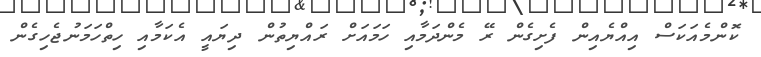
ކޮންމެއަކަސް އިއްޔެއިން ފެށިގެން ރޭ މެންދަމާއި ހަމައަށް ރައްޔިތުން ދިޔައީ އެކަމާއި ހިތްހަމަނުޖެހިގެން